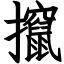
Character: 攛